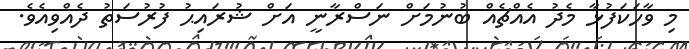
މި ވާހަކަފުޅާ މެދު އެއްޗެއް ބުނުމަށް ނަސްރާނީ އަށް ޝުރައިޙު ފުރުސަތު ދެއްވިއެވެ.